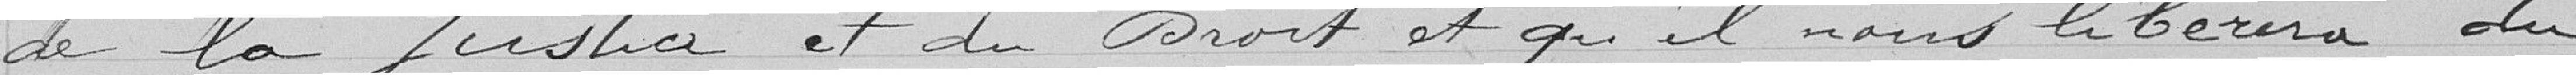
de la justice et du droit et qu'il nous libérera du